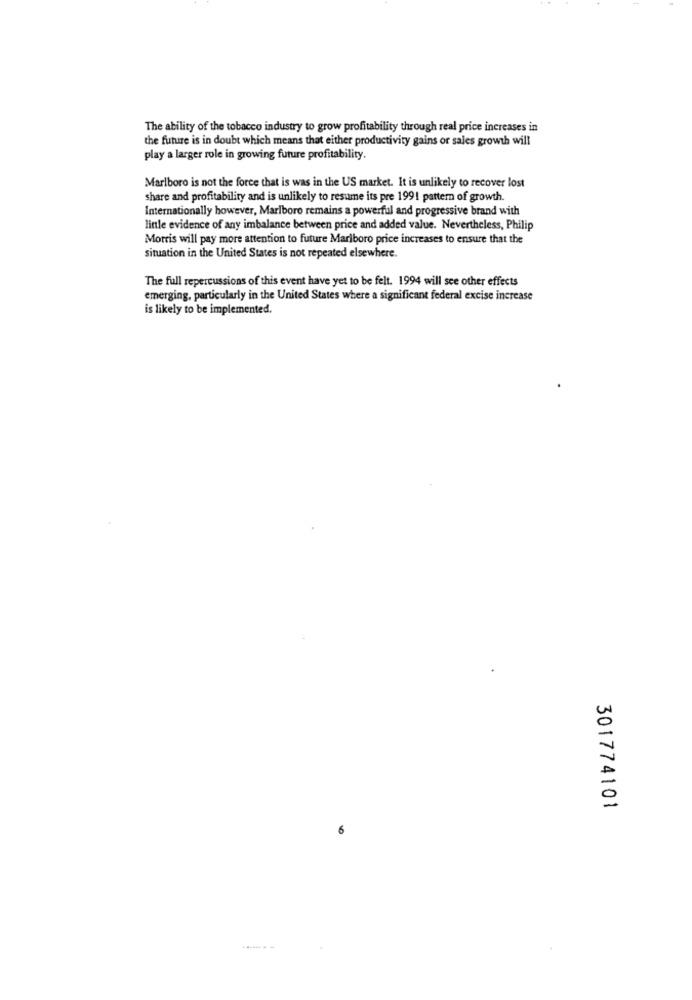
The ability of the tobacco industry to grow profitability through real price increases in
the future is in doubt which means that either productivity gains or sales growth will
play a larger role in growing future profitability.
Marlboro is not the force that is was in the US market. It is unlikely to recover lost
share and profitability and is unlikely to resume its pre 1991 pattern of growth.
Internationally however, Marlboro remains a powerful and progressive brand with
linle evidence of any imbalance between price and added value. Nevertheless, Philip
Morris will pay more attention to future Marlboro price increases to ensure that the
situation in the United States is not repeated elsewhere.
The full repercussions of this event have yet to be felt. 1994 will see other effects
emerging, particularly in the United States where a significant federal excise increase
is likely to be implemented.
301774101